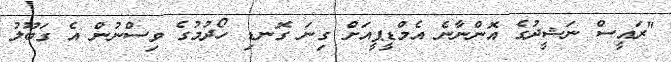
"ރައީސް ނަޝީދުގެ އޮންނާނެ އެމްޑީޕީއަށް ގިނަ ގޮނޑި ހޯދުމުގެ ވިސްނުން އެ ގަބޫލު